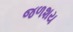
જળશય